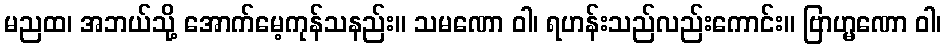
မညထ၊ အဘယ်သို့ အောက်မေ့ကုန်သနည်း။ သမဏော ဝါ၊ ရဟန်းသည်လည်းကောင်း။ ဗြာဟ္မဏော ဝါ၊